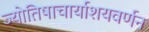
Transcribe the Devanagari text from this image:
ज्योतिषाचार्याशयवर्णन